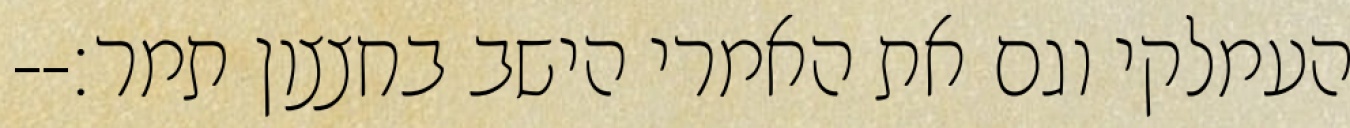
העמלקי וגם את האמרי הישב בחצצון תמר׃--